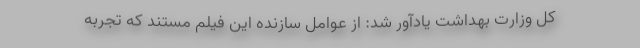
کل وزارت بهداشت یادآور شد: از عوامل سازنده این فیلم مستند که تجربه